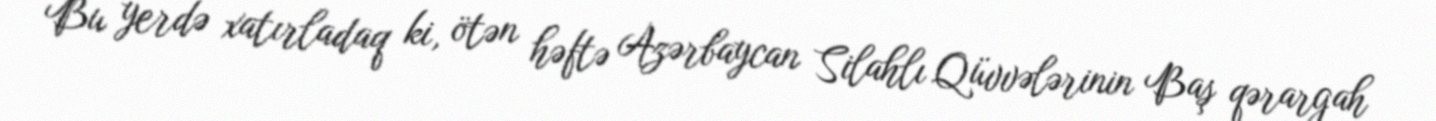
Bu yerdə xatırladaq ki, ötən həftə Azərbaycan Silahlı Qüvvələrinin Baş qərargah